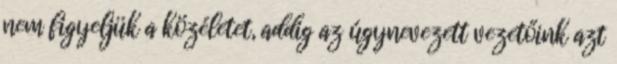
nem figyeljük a közéletet, addig az úgynevezett vezetőink azt